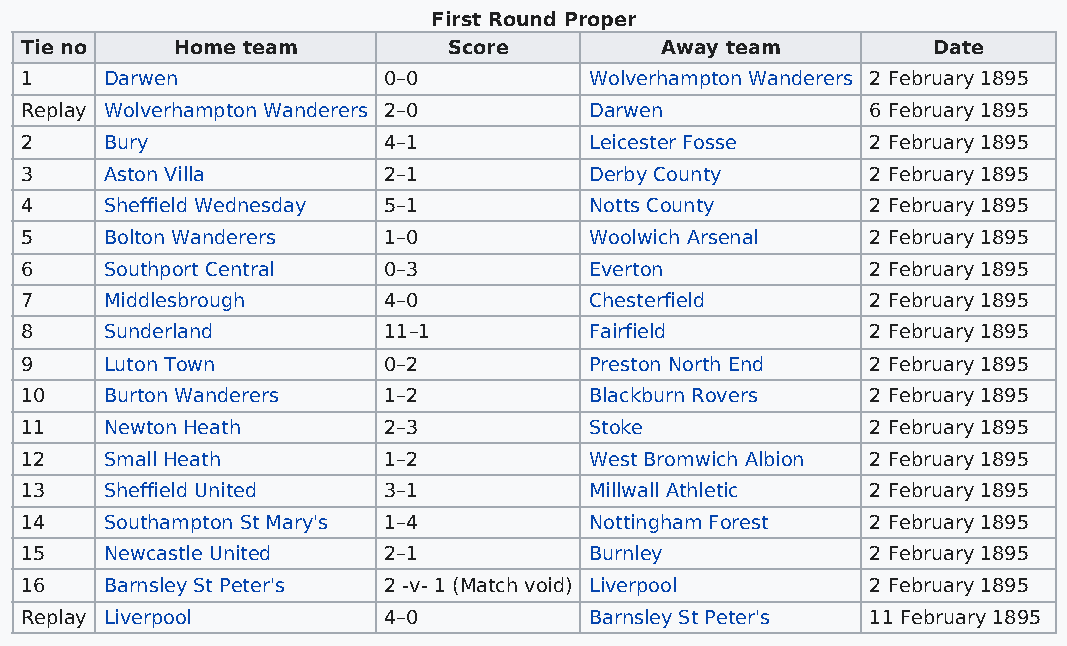
First Round Proper
 Tie no    Home team          Score         Away team         Date
 1     Darwen            0–0           Wolverhampton Wanderers 2 February 1895
 Replay Wolverhampton Wanderers 2–0    Darwen             6 February 1895
 2     Bury              4–1           Leicester Fosse    2 February 1895
 3     Aston Villa       2–1           Derby County       2 February 1895
 4     Sheffield Wednesday 5–1         Notts County       2 February 1895
 5     Bolton Wanderers  1–0           Woolwich Arsenal   2 February 1895
 6     Southport Central 0–3           Everton            2 February 1895
 7     Middlesbrough     4–0           Chesterfield       2 February 1895
 8     Sunderland        11–1          Fairfield          2 February 1895
 9     Luton Town        0–2           Preston North End  2 February 1895
 10    Burton Wanderers  1–2           Blackburn Rovers   2 February 1895
 11    Newton Heath      2–3           Stoke              2 February 1895
 12    Small Heath       1–2           West Bromwich Albion 2 February 1895
 13    Sheffield United  3–1           Millwall Athletic  2 February 1895
 14    Southampton St Mary's 1–4       Nottingham Forest  2 February 1895
 15    Newcastle United  2–1           Burnley            2 February 1895
 16    Barnsley St Peter's 2 -v- 1 (Match void) Liverpool 2 February 1895
 Replay Liverpool        4–0           Barnsley St Peter's 11 February 1895